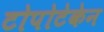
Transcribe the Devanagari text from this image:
टोपोटेकेन